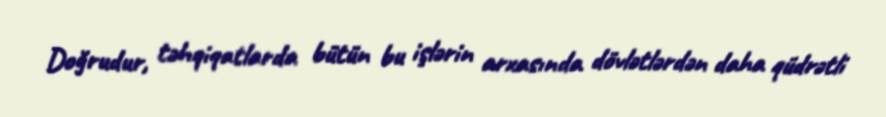
Doğrudur, təhqiqatlarda bütün bu işlərin arxasında dövlətlərdən daha qüdrətli